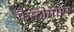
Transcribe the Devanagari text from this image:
फैन्टोमास